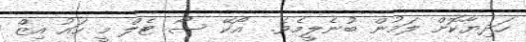
ހަދިޔާކޮށް ލަމުން ބުނެލީމެވެ.  އޯކޭ ސޯ ޓެލް މީ ހައު އިޒް